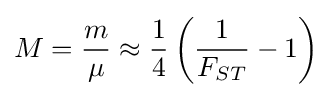
M={\frac {m}{\mu }}\approx {\frac {1}{4}}\left({\frac {1}{F_{ST}}}-1\right)